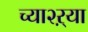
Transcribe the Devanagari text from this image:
च्या२ऱ्या